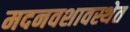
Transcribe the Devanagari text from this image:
मदनवशावस्थेत